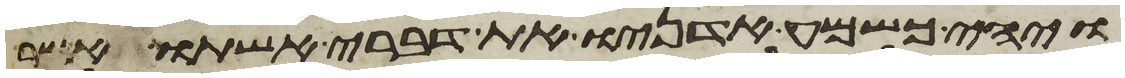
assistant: ויהי כשמע אדניו את דברי אשתו אשר